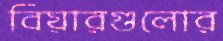
বিয়ারগুলোর